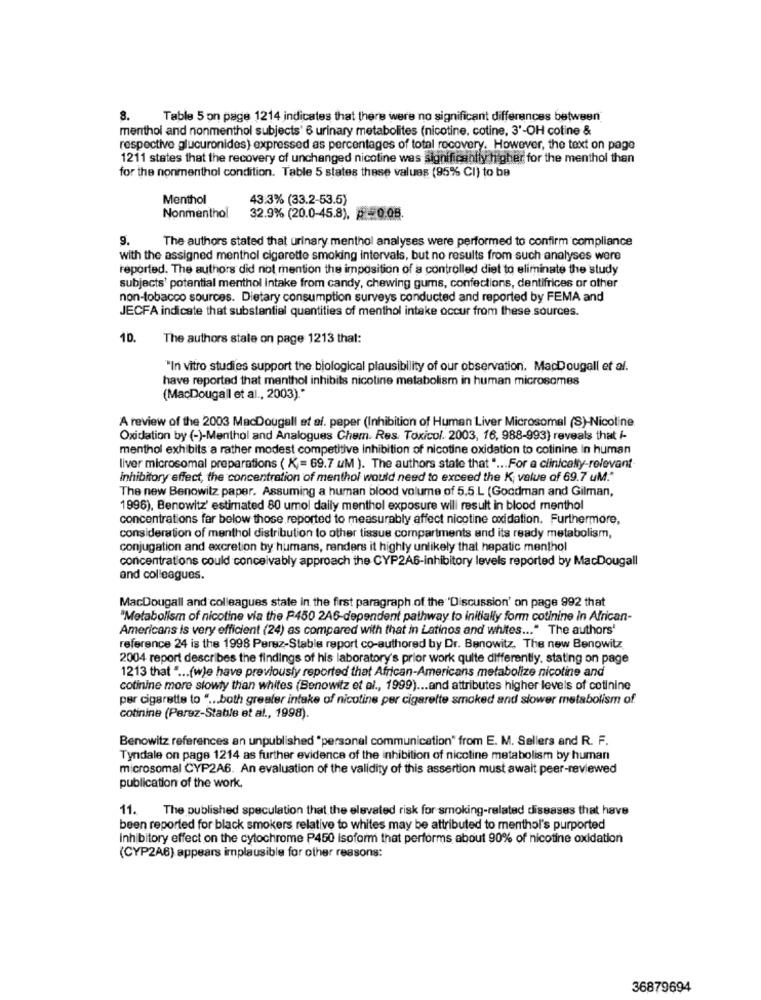
8.
Table 5 on page 1214 indicates that there were no significant differences between
menthol and nonmenthol subjects' 6 urinary metabolites (nicotine, cotine, 3'-OH cotine &
respectivo glucuronides) expressed as percentages of total recovery. However, the text on page
1211 states that the recovery of unchanged nicotine was significantly higher for the menthol then
for the nonmenthol condition. Table 5 states these values (95% CI) to be
Menthol
43.3% (33.2-53.5)
Nonmenthol
32.9% (20.0-45.8), - 0.08.
9.
The authors stated that urinary menthol analyses were performed to confirm compliance
with the assigned menthol cigarette smoking intervals, but no results from such analyses were
reported. The authors did not mention the imposition of a controlled diet to eliminate the study
subjects' potential menthol intake from candy, chewing gums, confections, dentifrices or other
non-tobacco sources. Dietary consumption surveys conducted and reported by FEMA and
JECFA indicate that substantial quantities of menthol intake occur from these sources.
10. The authors stale on page 1213 that:
"In vitro studies support the biological plausibility of our observation. MacDougall et al.
have reported that menthol inhibits nicotine metabolism in human microsomes
(MacDougall et al ., 2003)."
A review of the 2003 MacDougall et al. paper (Inhibition of Human Liver Microsomal (S)-Nicoline
Oxidation by (-)-Menthol and Analogues Chem. Res. Toxicol. 2003, 16, 988-993) reveals that /-
menthol exhibits a rather modest competitive inhibition of nicotine oxidation to cotinine in human
liver microsomal preparations ( K)= 69.7 uM ). The authors state that " ... For a clinicalty-relevant
inhibitory effect, the concentration of menthol would need to exceed the K; value of 69.7 uM."
The new Benowitz paper. Assuming a human blood volume of 5.5 L (Goodman and Gilman,
1996), Benowitz' estimated 80 umol daily menthol exposure will result in blood menthol
concentrations far below those reported to measurably affect nicotine oxidation. Furthermore,
consideration of menthol distribution to other tissue compartments and its ready metabolism,
conjugation and excretion by humans, renders it highly unlikely that hepatic menthol
concentrations could conceivably approach the CYP2A6-inhibitory levels reported by MacDougall
and colleagues.
MacDougall and colleagues state in the first paragraph of the 'Discussion' on page 992 that
"Metabolism of nicotine via the F450 2A6-dependent pathway to initially form cotinine in African-
Americans is very efficient (24) as compared with that in Latinos and whites ... " The authors'
reference 24 is the 1998 Perez-Stable report co-authored by Dr. Benowitz, The new Benowitz
2004 report describes the findings of his laboratory's prior work quite differently, stating on page
1213 that " ... (w)e have previously reported that African-Americans metabolize nicotine and
cotinine more slowly than whites (Benowitz et al ., 1999) ... and attributes higher levels of cotinine
per cigarette to " ... both greater intake of nicotine per cigarette smoked and slower metabolism of
cotinine (Perez-Stable et al ., 1998).
Benowitz references an unpublished "personal communication" from E. M. Sellers and R. F.
Tyndale on page 1214 as further evidence of the inhibition of nicotine metabolism by human
microsomal CYP2A6. An evaluation of the validity of this assertion must await peer-reviewed
publication of the work.
11. The published speculation that the elevated risk for smoking-related diseases that have
been reported for black smokers relative to whites may be attributed to menthol's purported
Inhibitory effect on the cytochrome P450 isoform that performs about 90% of nicotine oxidation
(CYP2A6) appears implausible for other reasons:
36879694